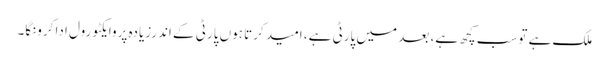
ملک ہے توسب کچھ ہے، بعد میں پارٹی ہے، امید کرتا ہوں پارٹی کے اندرزیادہ پروایکٹو رول ادا کرونگا۔